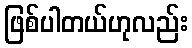
ဖြစ်ပါတယ်ဟုလည်း